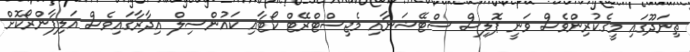
ތިނަދޫގައި މީގެކުރިންވެސް ވަނީ ޕޮލިސް ސްޓޭޝަނާއި މެޖިސްޓްރޭޓް ކޯޓާއި ކައުންސިލް އިދާރާގައިވެސް އަލިފާންރޯކޮށް